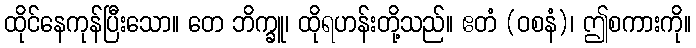
ထိုင်နေကုန်ပြီးသော။ တေ ဘိက္ခူ၊ ထိုရဟန်းတို့သည်။ ဧတံ (ဝစနံ)၊ ဤစကားကို။